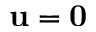
\bf u = 0